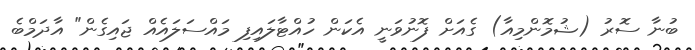
ބުނާ ސޮރު (ޝުމޮންމިއާ) ގެއަށް ފޮނުވަނީ އެކަން ހުއްޓާލައިފި މައްސަލައެއް ޖައިގެން" އާދަމްބެ